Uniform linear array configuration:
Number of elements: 32
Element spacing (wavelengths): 0.75
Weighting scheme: exponential
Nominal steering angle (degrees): -15
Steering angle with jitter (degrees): -14.493
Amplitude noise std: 0.05
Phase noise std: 0.05

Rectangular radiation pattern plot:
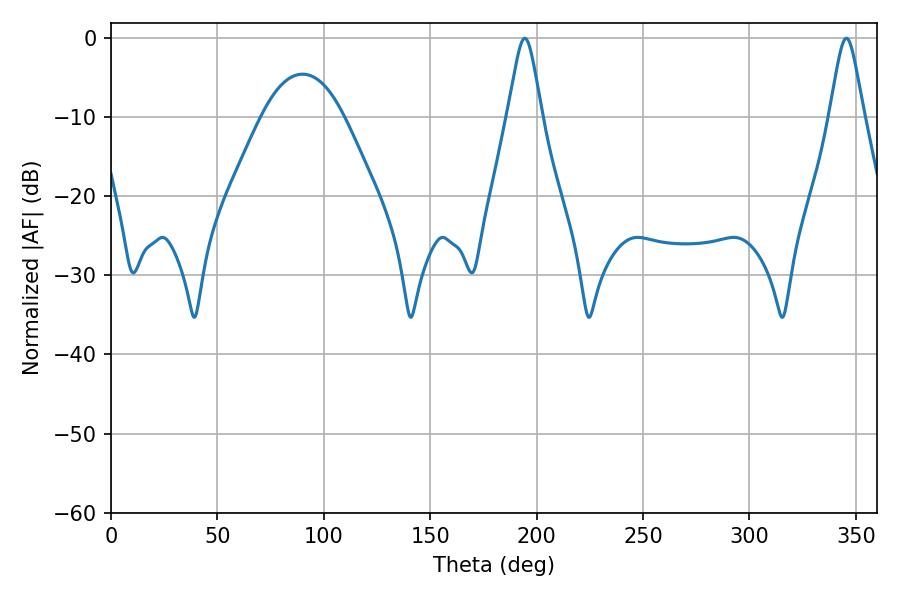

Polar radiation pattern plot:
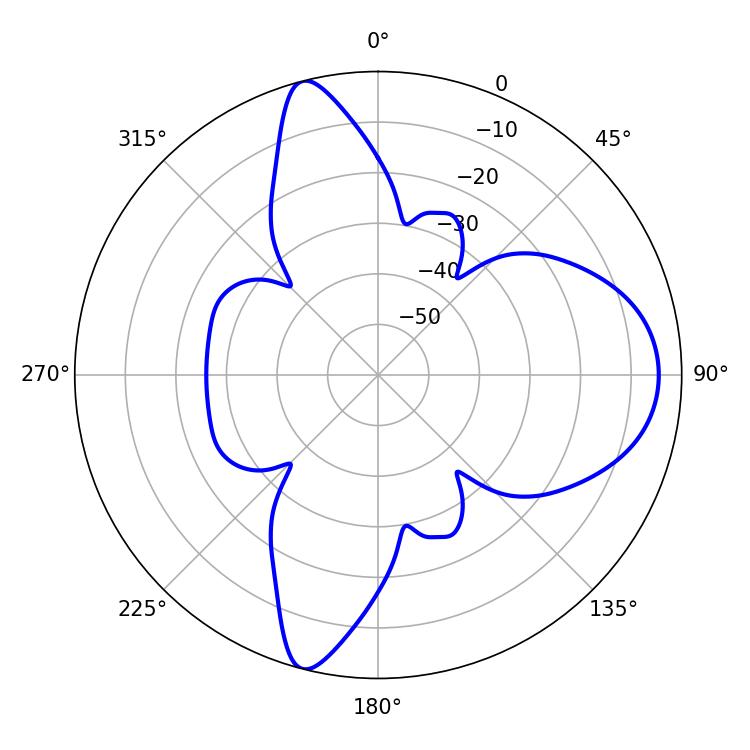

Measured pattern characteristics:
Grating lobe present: TRUE
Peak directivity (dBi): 12.72
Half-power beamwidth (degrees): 7.74
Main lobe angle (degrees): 194.4